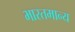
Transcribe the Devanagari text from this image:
भारतमान्य